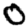
Digit: 0